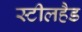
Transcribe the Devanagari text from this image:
स्टीलहैड